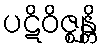
ပဋိဝိဇ္ဈန္တိ